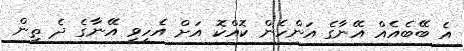
އެ ބޭބެއެއް އޭނާގެ އަންހެން ކޮއްކޮ އަށް އެހީވީ އޭނާގެ ދެ ތިން